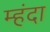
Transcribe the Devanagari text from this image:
म्हंदा